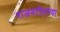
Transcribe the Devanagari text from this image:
राजवटीतल्या